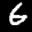
Label: 6